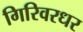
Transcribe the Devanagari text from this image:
गिरिवरधर